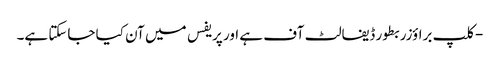
- کلپ براؤزر بطور ڈیفالٹ آف ہے اور پریفس میں آن کیا جاسکتا ہے۔